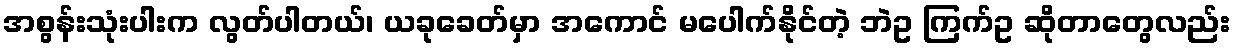
အစွန်းသုံးပါးက လွတ်ပါတယ်၊ ယခုခေတ်မှာ အကောင် မပေါက်နိုင်တဲ့ ဘဲဥ ကြက်ဥ ဆိုတာတွေလည်း